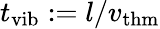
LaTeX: t_{\mathrm{vib}}:=l/v_{\mathrm{thm}}